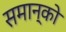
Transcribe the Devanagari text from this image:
समान्को